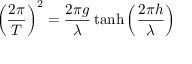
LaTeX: \displaystyle \left( { \frac { 2 \pi } { T } } \right) ^ { 2 } = { \frac { 2 \pi g } { \lambda } } \operatorname { t a n h } \left( { \frac { 2 \pi h } { \lambda } } \right)